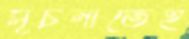
সূচনাতেই